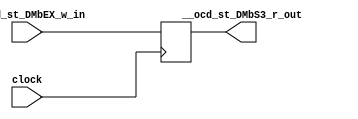

// File generated by Go version U-2022.12#33f3808fcb#221128, Thu Jan 25 16:08:15 2024
// Copyright 2014-2022 Synopsys, Inc. All rights reserved.
// go -I../lib -F -DSYNTHESIS_NO_UNGROUP -D__tct_patch__=0 -Verilog -otrv32p3_cnn_vlog -cgo_options.cfg -Itrv32p3_cnn_vlog/tmp_pdg -updg -updg_controller trv32p3_cnn



`timescale 1ns/1ps

// module pipe___ocd_st_DMbS3 : pipe___ocd_st_DMbS3
module pipe___ocd_st_DMbS3
  ( input  clock,
    input  __ocd_st_DMbEX_w_in, // bool
    output __ocd_st_DMbS3_r_out // bool
  );


  reg pipe_val___ocd_st_DMbS3_r_out;

  assign __ocd_st_DMbS3_r_out = pipe_val___ocd_st_DMbS3_r_out;


  always @ (posedge clock)
  begin : p_pipe___ocd_st_DMbS3
    // (_pipe__ocd_st_DMbEX_S3)
    pipe_val___ocd_st_DMbS3_r_out <= __ocd_st_DMbEX_w_in;

  end
endmodule